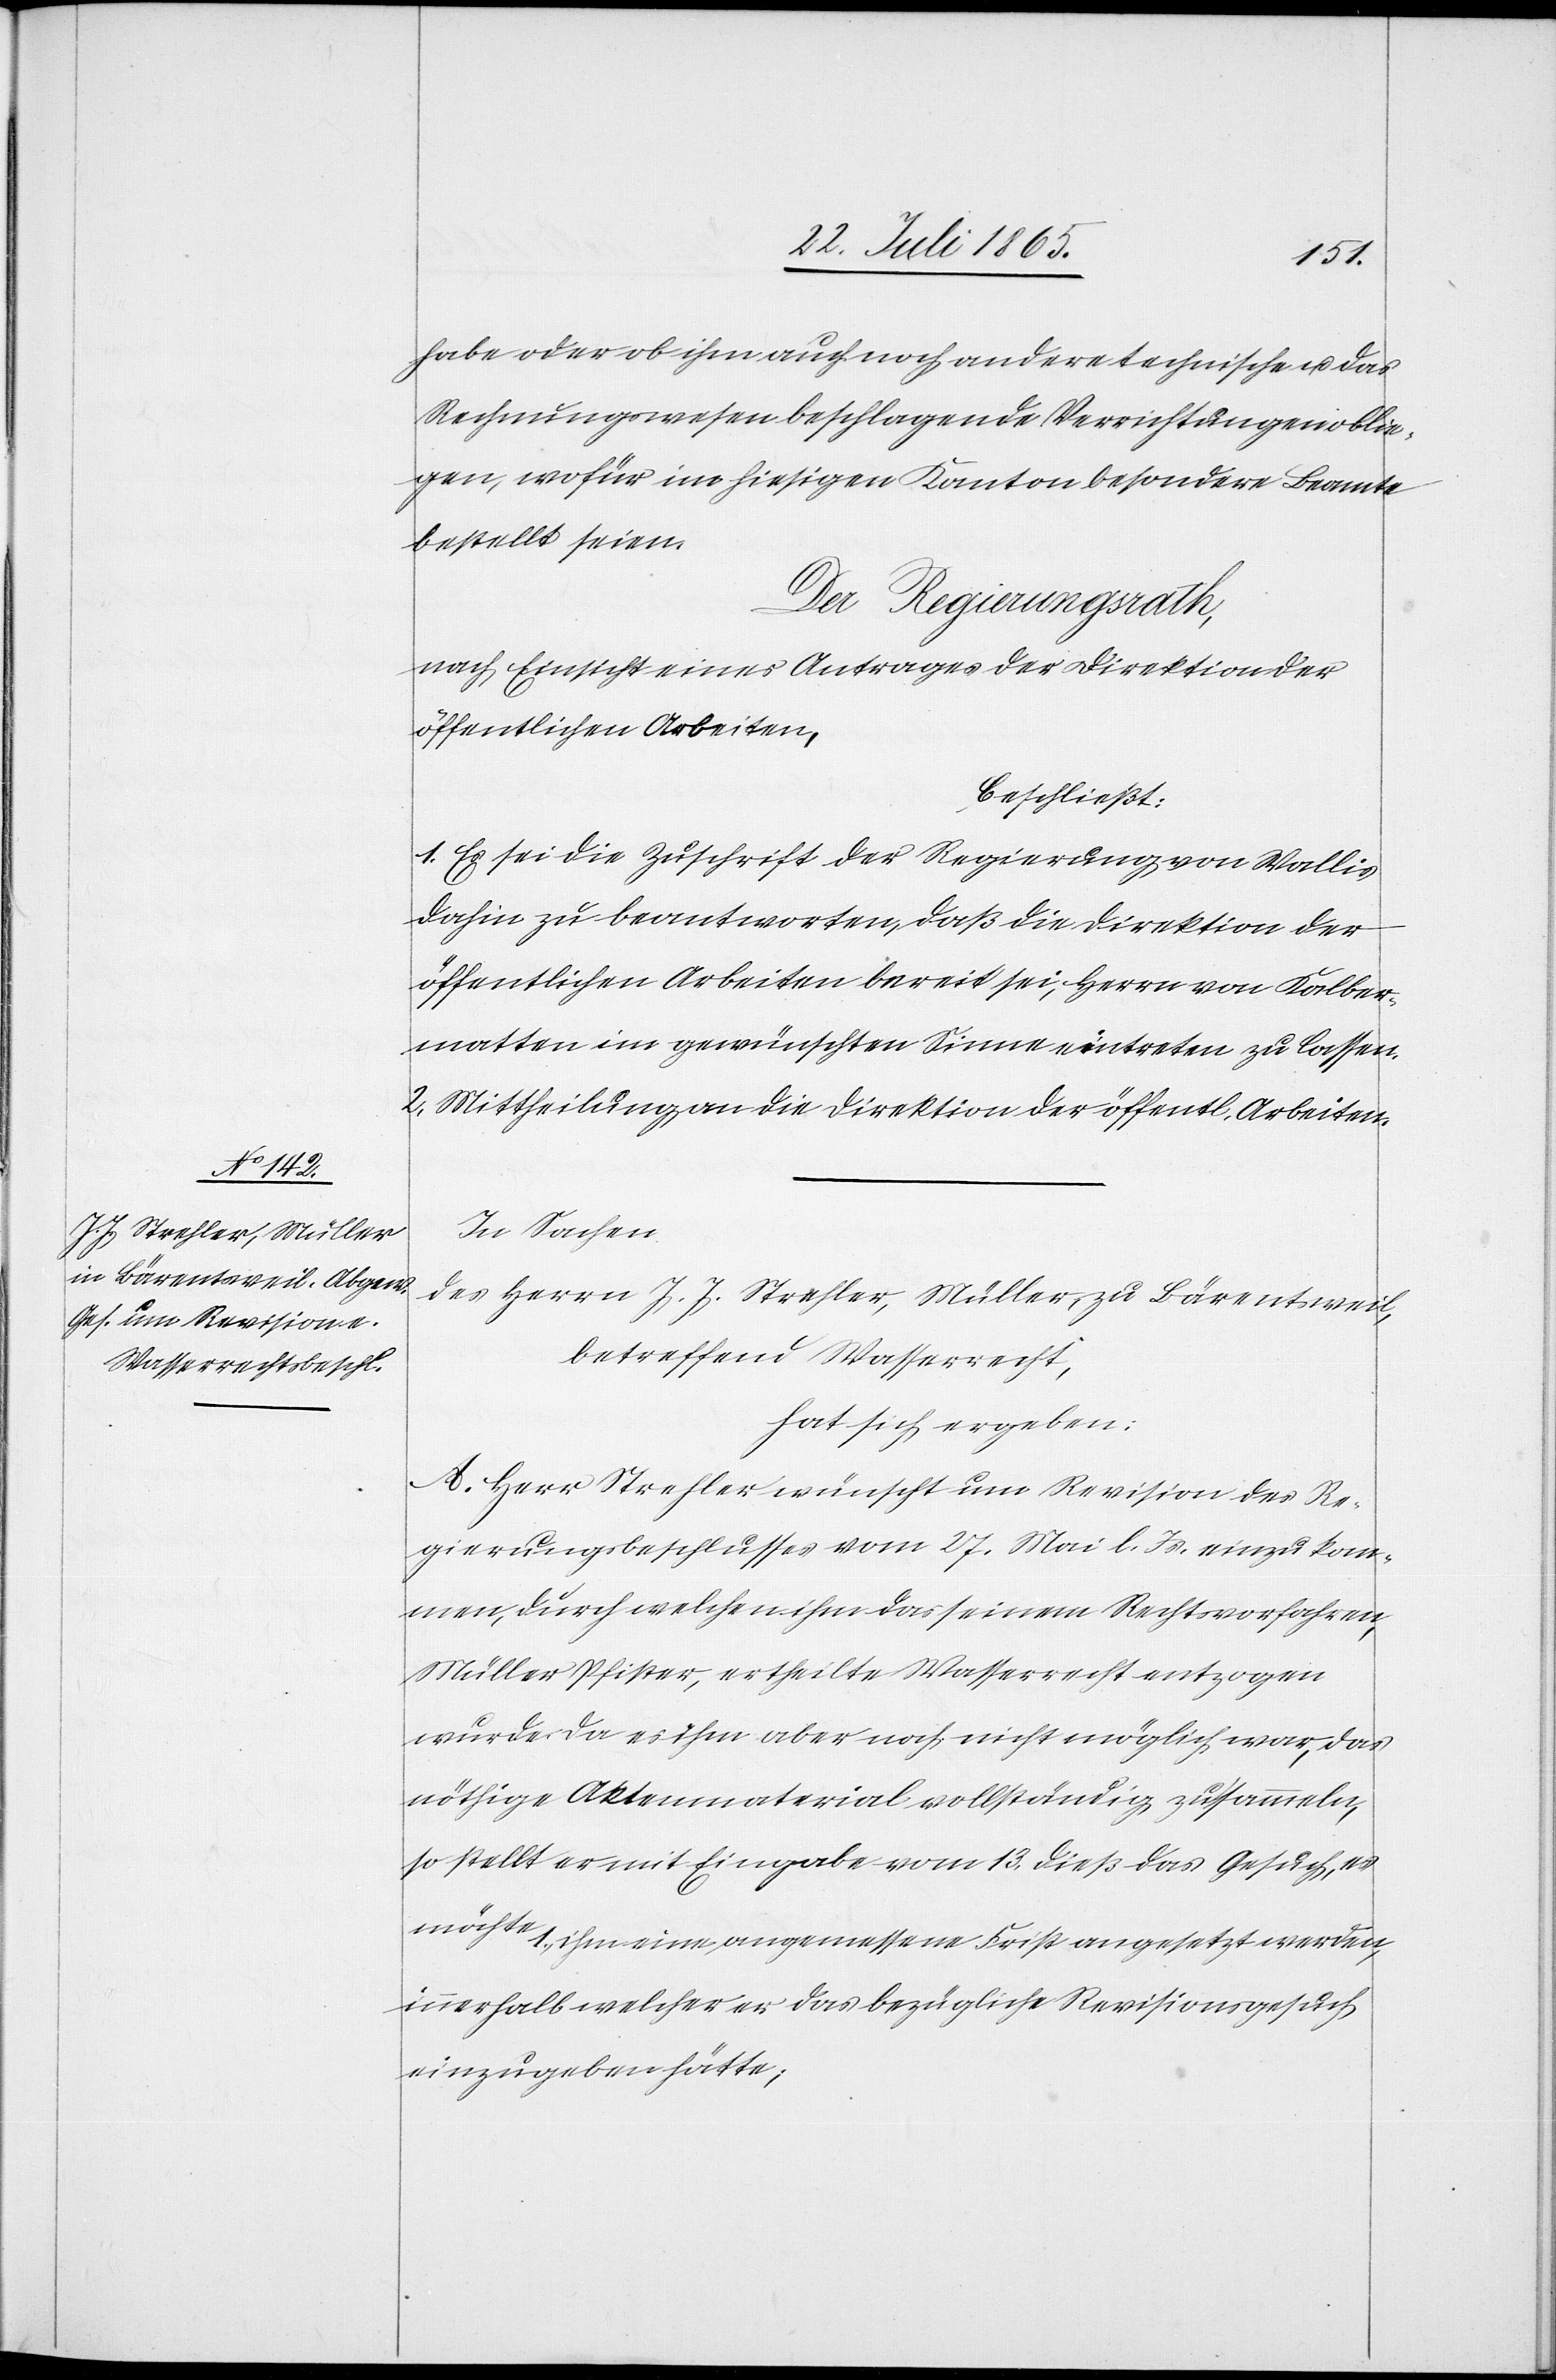
habe oder ob ihm auch noch andere technische u. das
Rechnungswesen beschlagende Verrichtungen oblie¬
gen, wofür im hiesigen Kanton besondere Beamte
bestellt seien.
Der Regierungsrath,
nach Einsicht eines Antrages der Direktion der
öffentlichen Arbeiten,
beschließt:
1. Es sei die Zuschrift der Regierung von Wallis
dahin zu beantworten, daß die Direktion der
öffentlichen Arbeiten bereit sei, Herrn von Kalber¬
matten im gewünschten Sinne eintreten zu lassen.
2. Mittheilung an die Direktion der öffentl. Arbeiten.
In Sachen
des Herrn J. J. Strehler, Müller, zu Bärentsweil,
betreffend Wasserrecht,
hat sich ergeben:
A. Herr Strehler wünscht um Revision des Re¬
gierungsbeschlusses vom 27. Mai l. Js. einzukom¬
men, durch welchen ihm das seinem Rechtsvorfahren,
Müller Pfister, ertheilte Wasserrecht entzogen
wurde. Da es ihm aber noch nicht möglich war, das
nöthige Aktenmaterial vollständig zu sammeln,
so stellt er mit Eingabe vom 13. dieß das Gesuch, es
ihm eine angemessene Frist angesetzt werden,
innerhalb welcher er das bezügliche Revisionsgesuch
einzugeben hätte;